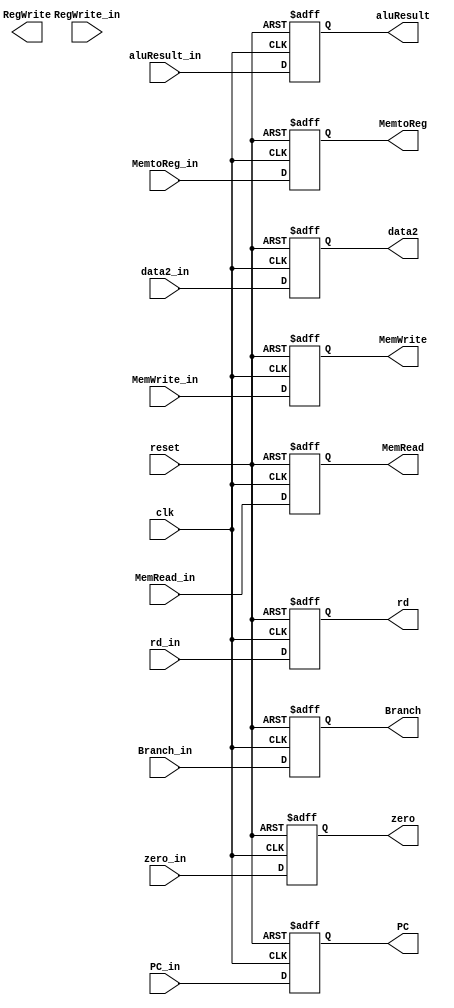
module MEMRegister(
  input [31:0] PC_in,
            input [31:0] aluResult_in,
            input [31:0] data2_in,
             input [4:0] rd_in,
             input Branch_in, input MemRead_in,input MemtoReg_in,input MemWrite_in,input RegWrite_in,input zero_in,
             input clk,input reset,
				 
				 
  output[31:0] PC,
  output[31:0] aluResult,
  output[31:0] data2,
  output[4:0] rd,
  output Branch, output MemRead, output MemtoReg,output MemWrite,output RegWrite,output zero

);
		   reg [31:0] PC_out;
         reg [31:0] aluResult_out;
         reg [31:0] data2_out;
         reg [4:0] rd_out;
         reg Branch_out, MemRead_out, MemtoReg_out, MemWrite_out,RegWrite_out,zero_out;
			
  always @(posedge reset or posedge clk)
  begin
    if(reset)
      begin
        PC_out <= 64'b0;
        aluResult_out <= 64'b0;
        data2_out <= 64'b0;
        rd_out <= 5'b0;
        Branch_out <= 1'b0;
        MemRead_out <= 1'b0;
        MemtoReg_out <= 1'b0;
        MemWrite_out <= 1'b0;
        RegWrite_out <= 1'b0;
        zero_out <= 1'b0;
      end
    else
      begin
        PC_out <= PC_in;
        aluResult_out <= aluResult_in;
        data2_out <= data2_in;
        rd_out <= rd_in;
        Branch_out <= Branch_in;
        MemRead_out <= MemRead_in;
        MemtoReg_out <= MemtoReg_in;
        MemWrite_out <= MemWrite_in;
        RegWrite_out <= RegWrite_in;
        zero_out <= zero_in;
      end
  end
  
		assign PC=PC_out;
		assign aluResult= aluResult_out;
		assign data2 = data2_out;
		assign rd= rd_out;
		assign Branch= Branch_out;
		assign MemRead=MemRead_out;
		assign MemtoReg=MemtoReg_out;
		assign  MemWrite=  MemWrite_out;
		assign RegWrite= RegWrite;
		assign zero= zero_out;
endmodule